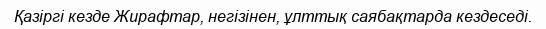
Қазіргі кезде Жирафтар, негізінен, ұлттық саябақтарда кездеседі.